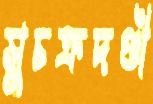
সুচক্রদণ্ডী